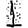
Digit: 1